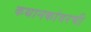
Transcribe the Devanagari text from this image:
कथानकांवरची